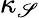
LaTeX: \kappa_{\mathscr{S}}